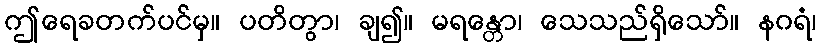
ဤရေခတက်ပင်မှ။ ပတိတွာ၊ ချ၍။ မရန္တော၊ သေသည်ရှိသော်။ နဂရံ၊